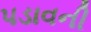
પડાવની